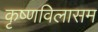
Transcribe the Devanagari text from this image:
कृष्णविलासम